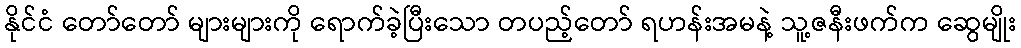
နိုင်ငံ တော်တော် များများကို ရောက်ခဲ့ပြီးသော တပည့်တော် ရဟန်းအမနဲ့ သူ့ဇနီးဖက်က ဆွေမျိုး